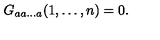
G _ { a a \dots a } ( 1 , \dots , n ) = 0 .